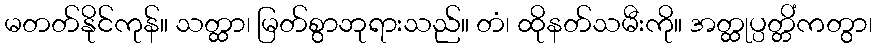
မတတ်နိုင်ကုန်။ သတ္ထာ၊ မြတ်စွာဘုရားသည်။ တံ၊ ထိုနတ်သမီးကို။ အတ္ထုပ္ပတ္တိံကတွာ၊